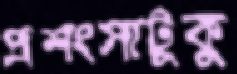
প্রশংসাটুকু